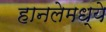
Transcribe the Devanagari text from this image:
हानलेमध्ये